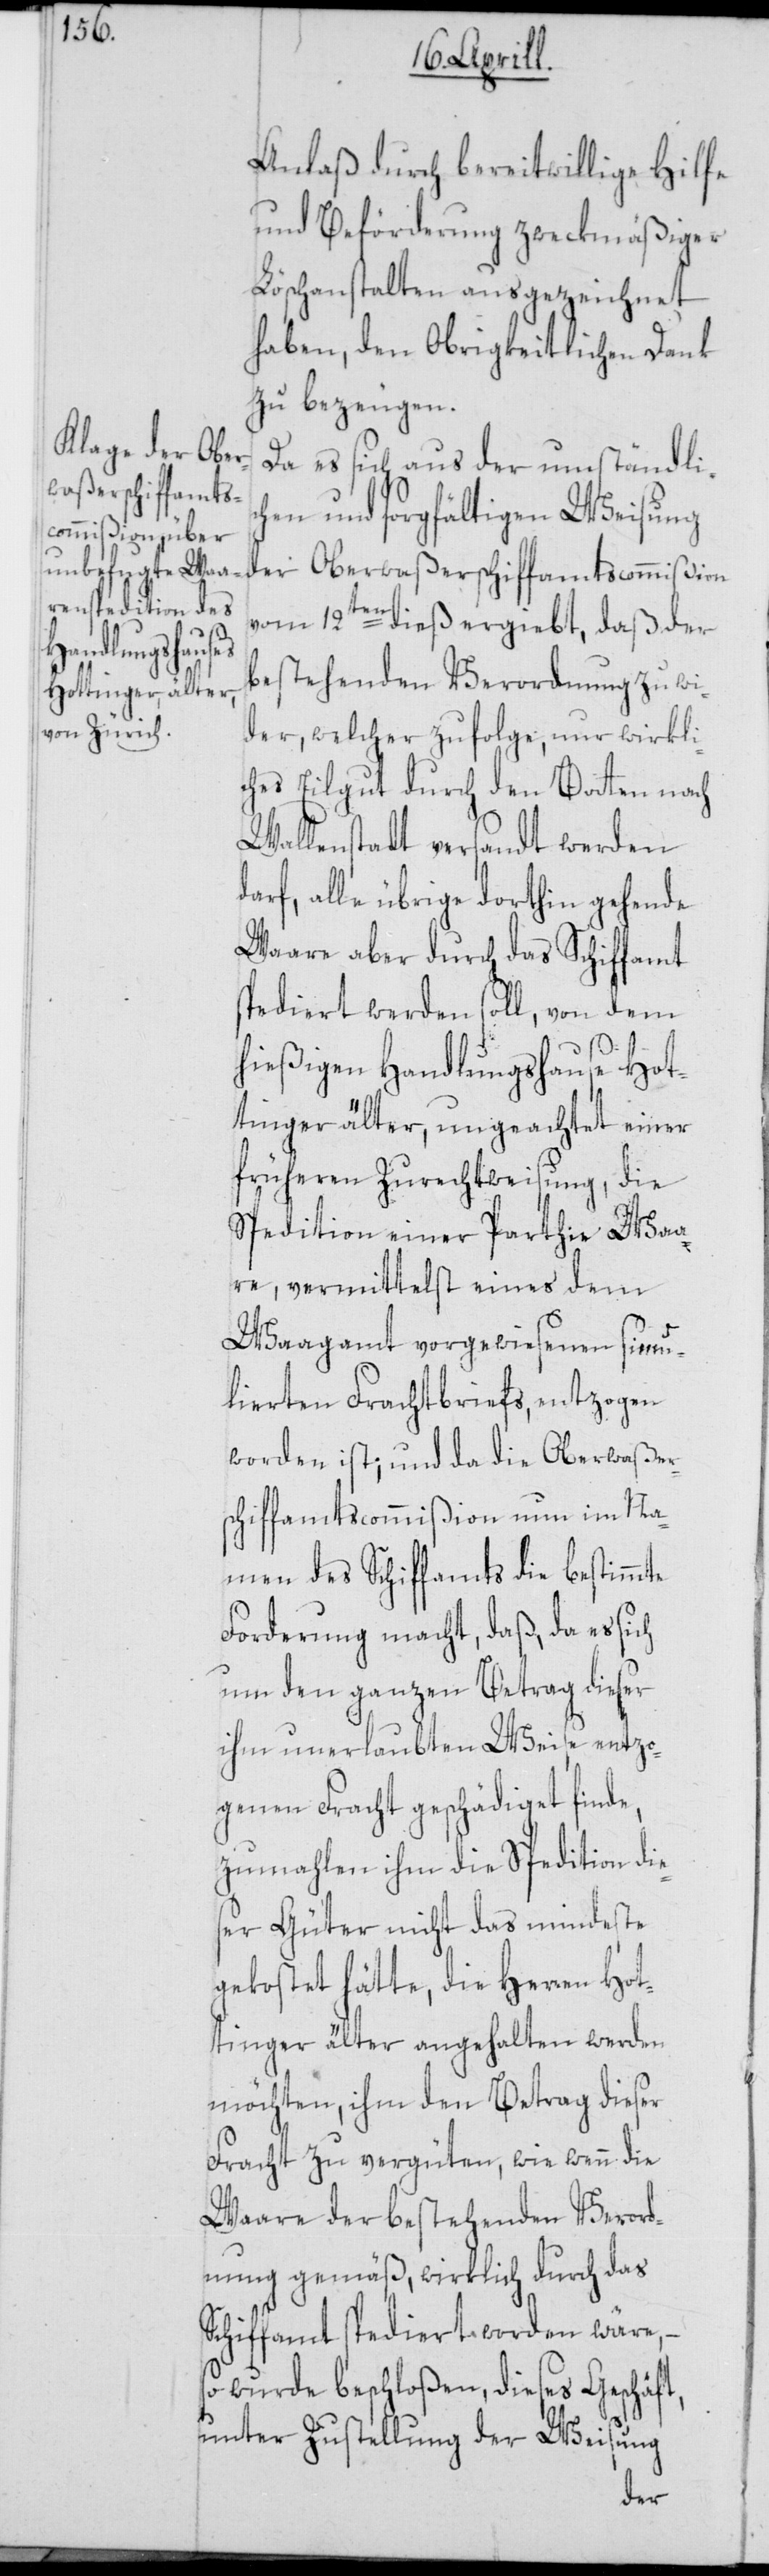
Anlaß durch bereitwillige Hilfe
und Beförderung zweckmäßiger
Löschanstalten ausgezeichnet
haben, den Obrigkeitlichen Dank
zu bezeugen.
Da es sich aus der umständlic¬
hen und sorgfältigen Weisung
der Oberwaßerschiffamtscommißion
vom 12ten dieß ergiebt, daß der
bestehenden Verordnung zu wi¬
der, welcher zufolge, nur wirkli¬
ches Eilgut durch den Botten nach
Wallenstadt versandt werden
darf, alle übrige dorthin gehende
Waare aber durch das Schiffamt
spediert werden soll, von dem
hießigen Handlungshause Hot¬
tinger älter, ungeachtet einer
früheren Zurechtweisung, die
Spedition einer Parthie Waa¬
re, vermittelst eines dem
Waagamt vorgewiesenen simu¬
lierten Frachtbriefs, entzogen
worden ist; und da die Oberwaßers¬
chiffamtscommißion nun im Na¬
men des Schiffamts die bestimmte
Forderung macht, daß, da es sich
um den ganzen Betrag dieser
ihm unerlaubten Weise entzo¬
genen Fracht geschädiget finde,
zumahlen ihm die Spedition di¬
eser Güter nicht das Mindeste
gekostet hätte, die Herren Hot¬
tinger älter angehalten werden
möchten, ihm den Betrag dieser
Fracht zu vergüten, wie wenn die
Waare der bestehenden Verord¬
nung gemäß, wirklich durch das
Schiffamt spediert worden wäre, –
so wurde beschloßen, dieses Geschäft,
unter Zustellung der Weisung